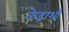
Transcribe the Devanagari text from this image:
केद्राशी